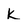
Character: K